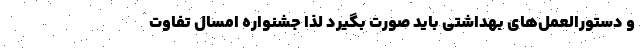
و دستورالعمل‌های بهداشتی باید صورت بگیرد لذا جشنواره امسال تفاوت